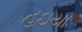
હઇયા